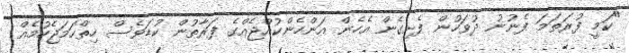
"ކަމީ ފުރަތަމަ ފެނުނު ދުވަހުން ފެށިގެން އެހެން އަންހެންކުއްޖެއްގެ ފަރާތުން ކުޑަވެސް ހިތްހަމަޖެހުމެއް